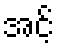
အင့်